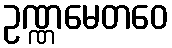
ဥဏ္ဏမေတဝေ